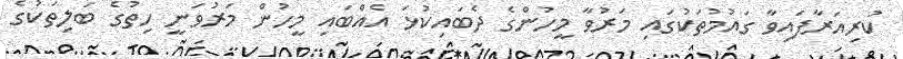
ކުރިއަރާފައިވާ ގައުމުތަކުގައި މަރުވާ މީހުންގެ ދެބައިކުޅަ އެއްބައި މީހުން މަރުވަނީ ހިތުގެ ބަލިތަކުގެ